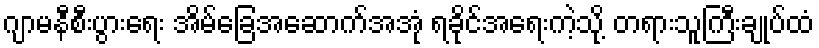
ဂျာမနီစီးပွားရေး အိမ်ခြေအဆောက်အအုံ ရခိုင်အရေးကဲ့သို့ တရားသူကြီးချုပ်ထံ